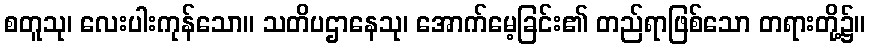
စတူသု၊ လေးပါးကုန်သော။ သတိပဌာနေသု၊ အောက်မေ့ခြင်း၏ တည်ရာဖြစ်သော တရားတို့၌။